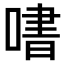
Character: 𫫒